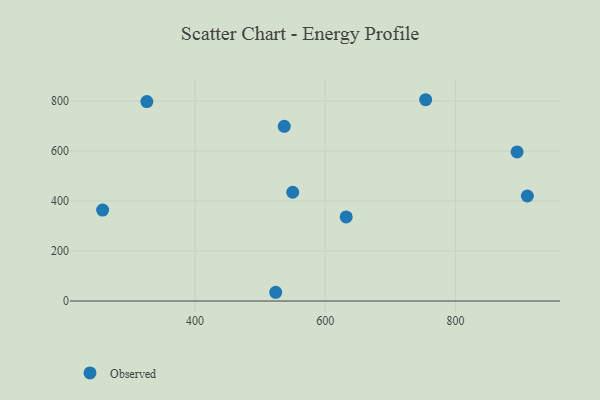
{"axis": {"x": "Experience", "y": "Fuel Efficiency"}, "legend": ["Observed"], "data": [{"x": "754.3", "y": 805.2, "type": "Observed"}, {"x": "632.3", "y": 336.3, "type": "Observed"}, {"x": "537.2", "y": 698.9, "type": "Observed"}, {"x": "258.3", "y": 364.0, "type": "Observed"}, {"x": "894.7", "y": 596.6, "type": "Observed"}, {"x": "910.5", "y": 420.2, "type": "Observed"}, {"x": "524.1", "y": 35.0, "type": "Observed"}, {"x": "550.2", "y": 435.2, "type": "Observed"}, {"x": "326.2", "y": 797.9, "type": "Observed"}]}